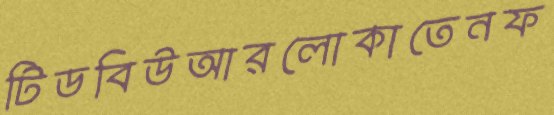
টিডবিউআরলোকাতেনফ